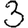
Digit: 3